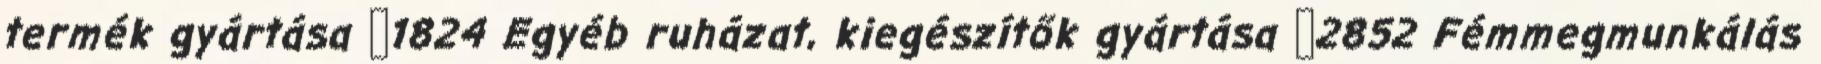
termék gyártása ▪1824 Egyéb ruházat, kiegészítők gyártása ▪2852 Fémmegmunkálás